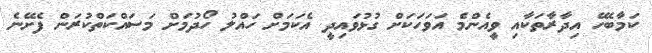
ކަމާބެހޭ އިދާރާތަކާއި ވީއެންމެ އަވަހަކަށް ގުޅުވައިދީ އެކަމަށް ހައްލު ހޯދުމަށް މަސައްކަތްކުރަން ފެށޭނެ